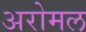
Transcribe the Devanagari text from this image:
अरोमल